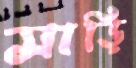
সাড়ি